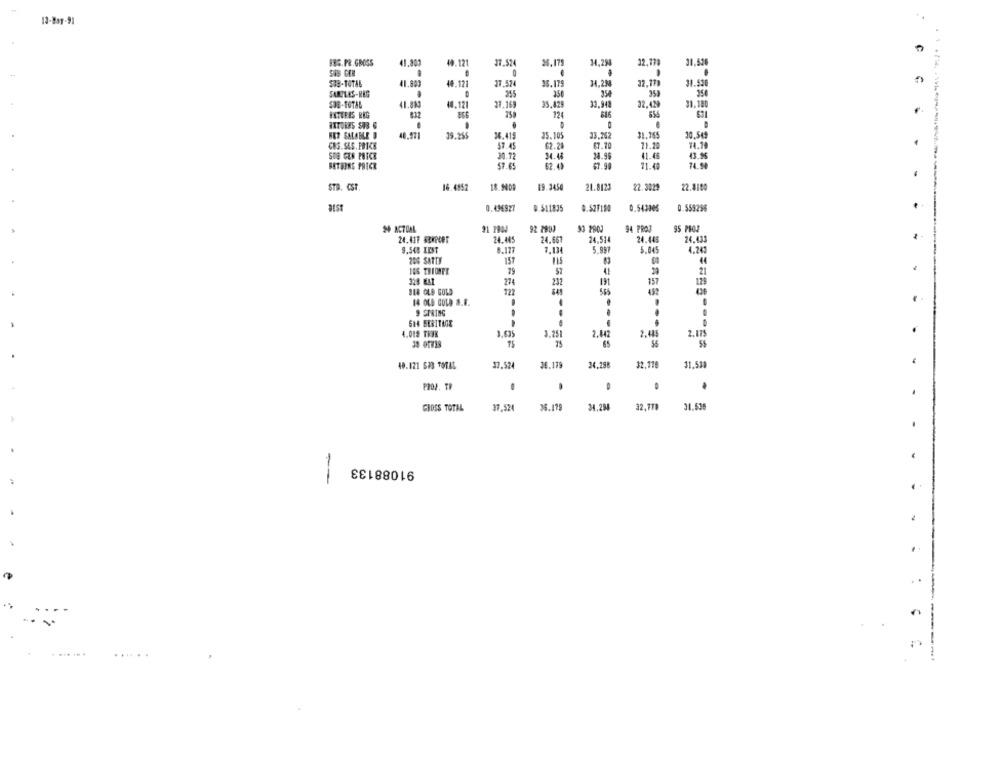
12-Bay-91
36.179
34,298
32,770
88G.PR.GROSS
41.803
₩9.121
37.524
31.520
41.80
48.12
37.524
35.179
34.23
22.170
31.530
356
354
353
350
SAMPLES-REG
SUB-TOTAL
41.883
40.121
27.169
35,429
32.942
32.429
31.180
FATHERS REG
812
750
124
846
654
HET SALABLE O
19.255
36.419
35.105
33.262
31.765
10.54
CBS. SEG. PRICE
37.45
62.28
$7.70
71.20
SOR GER PRICE
30.72
34.48
38.96
11.45
43.9%
BETHORS PRICE
57.65
62.43
67.98
11.40
-
STD. CST.
16.4852
18.900₽
19.3450
21.8121
22.3029
22.3185
asie
0.436927
0.511835
0.52f150
0.543305
0.553296
29 ACTUAL
92 2003
94 PROJ
95 PIOJ
24.417 SERPcer
24. 085
24.667
24.514
24.445
24.431
-
9.548 KEST
7.134
5.997
5.045
4.241
200 SATTE
157
106 THIONFT
79
41
21
328 ELI
274
232
19
157
123
818 GLE GOLD
452
122
14 OLD GOLD S.F.
9 SPRING
6H4 HERITAGE
4.012 TRUE
3.25
2.42
2.445
2.175
56
48.121 623 TOTAL
37.524
36.179
34.198
32.178
31.538
..
PROJ. TR
.
CHOSS TOTAL
37.524
36.179
34.294
32.770
31.63
91088133
--
...
. . . . .
------